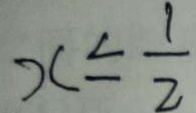
x \leq \frac { 1 } { 2 }